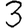
Digit: 3